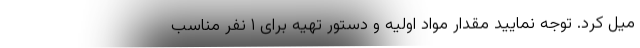
میل کرد. توجه نمایید مقدار مواد اولیه و دستور تهیه برای ۱ نفر مناسب